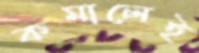
কমালেই